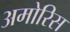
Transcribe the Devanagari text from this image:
अमोरिस